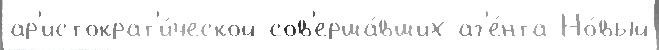
ар'истократ'и́ческой сов'ерша́вших аг'е́нта Но́вый